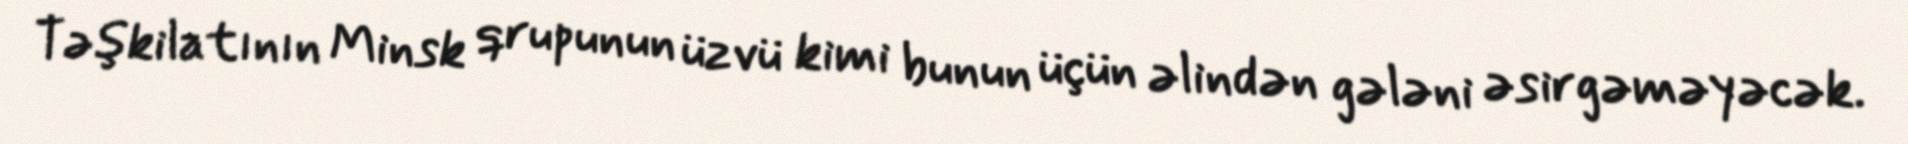
Təşkilatının Minsk qrupunun üzvü kimi bunun üçün əlindən gələni əsirgəməyəcək.